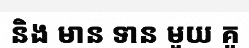
និង មាន ទាន មួយ គូ